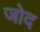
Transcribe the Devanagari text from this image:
जोद